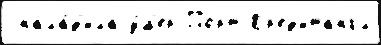
 нала́д'ила у́м'ер Порт-Кр'ед'итангл